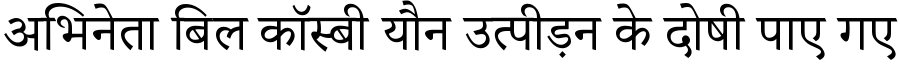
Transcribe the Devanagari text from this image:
अभिनेता बिल कॉस्बी यौन उत्पीड़न के दोषी पाए गए